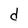
Character: d